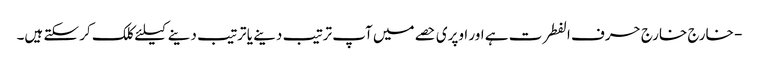
- خارج خارج حرف الفطرت ہے اور اوپری حصے میں آپ ترتیب دینے یا ترتیب دینے کیلئے کلک کر سکتے ہیں۔